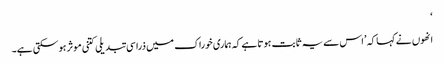
‘
انھوں نے کہا کہ ’اس سے یہ ثابت ہوتا ہے کہ ہماری خوراک میں ذرا سی تبدیلی کتنی موثر ہوسکتی ہے۔